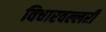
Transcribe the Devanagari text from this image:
विचारवल्लरी